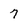
Character: 7